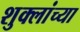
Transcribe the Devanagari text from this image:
शुक्लांच्या